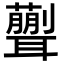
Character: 𦗿